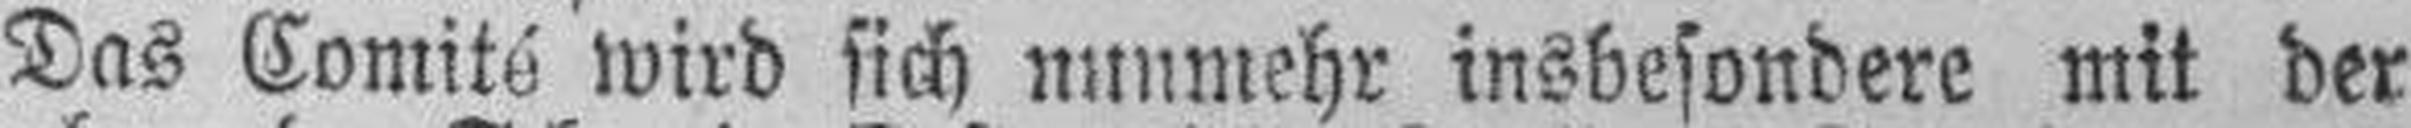
Das Comité wird sich nunmehr insbesondere mit der